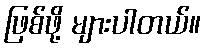
ဖြစ်ဖို့ များပါတယ်။